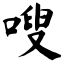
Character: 嗖